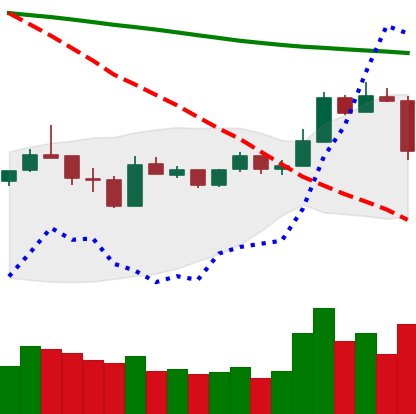
Ticker: LTC-USD
Chart end date: 2019-01-10
Forward return: -6.965%
Label: down_5_7